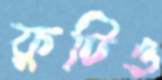
ফুটিও